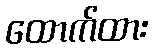
ထောက်ထား